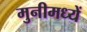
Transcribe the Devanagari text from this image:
मुनीमध्यें